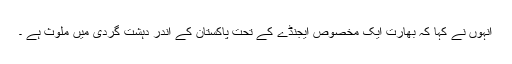
انہوں نے کہا کہ بھارت ایک مخصوص ایجنڈے کے تحت پاکستان کے اندر دہشت گردی میں ملوث ہے ۔